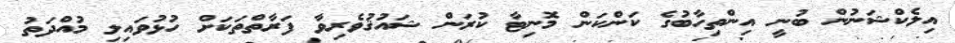
އިލެކްޝަނުން ބުނީ އިންތިހާބުގެ ކަންކަން މޮނިޓާ ކުރަން ޝައުޤުވެރިވާ ފަރާތްތަކަށް ހުޅުވައިލި މުއްދަތު